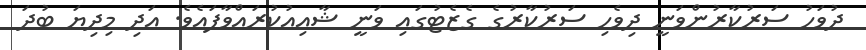
ދުވަހު ސަރުކާރުންވަނީ ދިވެހި ސަރުކާރުގެ ގެޒެޓުގައި ވަނީ ޝާއިއުކުރައްވާފައެވެ. އަދި މިދިޔަ ބުދަ